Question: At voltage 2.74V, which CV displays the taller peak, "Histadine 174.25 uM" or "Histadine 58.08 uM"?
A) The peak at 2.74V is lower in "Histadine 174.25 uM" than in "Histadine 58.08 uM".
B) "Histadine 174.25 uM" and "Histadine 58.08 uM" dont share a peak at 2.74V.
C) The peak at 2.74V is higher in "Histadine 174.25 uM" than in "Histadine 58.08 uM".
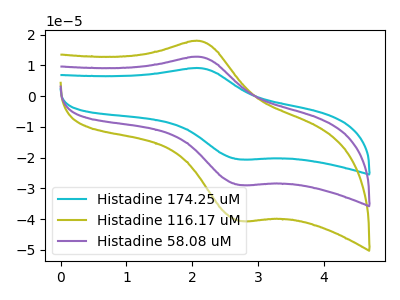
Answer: <think>The cyan curve "Histadine 174.25 uM" has an anodic peak at (2.10V, 25.50uA) and a cathodic peak at (2.75V, -57.85uA). The olive curve "Histadine 116.17 uM" has an anodic peak at (2.10V, 17.90uA) and a cathodic peak at (2.75V, -40.60uA). The purple curve "Histadine 58.08 uM" has an anodic peak at (2.10V, 12.75uA) and a cathodic peak at (2.75V, -28.90uA).</think>
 <answer>C) The peak at 2.74V is higher in "Histadine 174.25 uM" than in "Histadine 58.08 uM".</answer>
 <eval>C</eval>